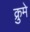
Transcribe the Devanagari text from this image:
क्रुमे